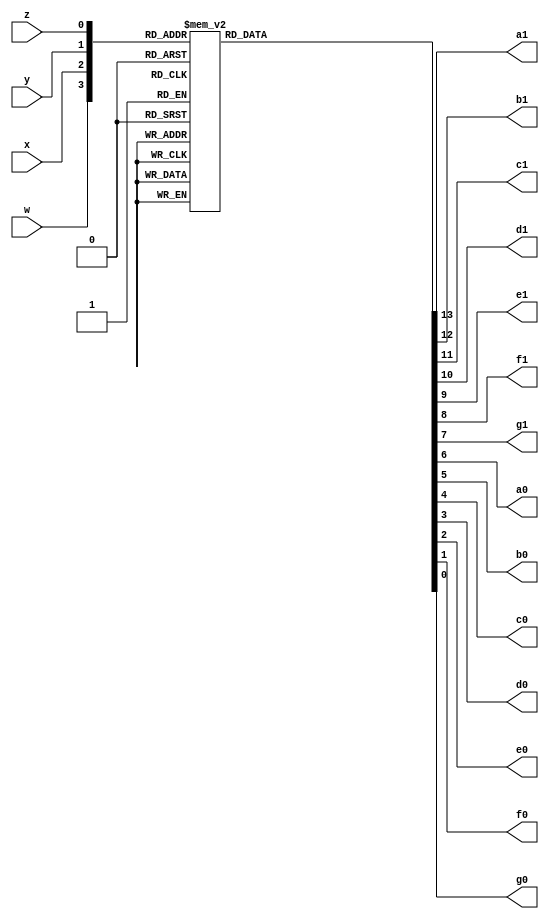
module binaryToDecimal (
	input w,x,y,z,
	output reg a1, b1, c1, d1, e1, f1, g1, a0, b0, c0, d0, e0, f0, g0);
	always @ (w,x,y,z) begin
		case({w,x,y,z})
			4'b0000: {a1, b1, c1, d1, e1, f1, g1, a0, b0, c0, d0, e0, f0, g0} = 14'b11111110000001; //0 
			4'b0001: {a1, b1, c1, d1, e1, f1, g1, a0, b0, c0, d0, e0, f0, g0} = 14'b11111111001111;
			4'b0010: {a1, b1, c1, d1, e1, f1, g1, a0, b0, c0, d0, e0, f0, g0} = 14'b11111110010010; //2
			4'b0011: {a1, b1, c1, d1, e1, f1, g1, a0, b0, c0, d0, e0, f0, g0} = 14'b11111110000110;
			4'b0100: {a1, b1, c1, d1, e1, f1, g1, a0, b0, c0, d0, e0, f0, g0} = 14'b11111111001100; //4
			4'b0101: {a1, b1, c1, d1, e1, f1, g1, a0, b0, c0, d0, e0, f0, g0} = 14'b11111110100100; 
			4'b0110: {a1, b1, c1, d1, e1, f1, g1, a0, b0, c0, d0, e0, f0, g0} = 14'b11111110100000; //6
			4'b0111: {a1, b1, c1, d1, e1, f1, g1, a0, b0, c0, d0, e0, f0, g0} = 14'b11111110001111; 
			4'b1000: {a1, b1, c1, d1, e1, f1, g1, a0, b0, c0, d0, e0, f0, g0} = 14'b11111110000000; //8
			4'b1001: {a1, b1, c1, d1, e1, f1, g1, a0, b0, c0, d0, e0, f0, g0} = 14'b11111110001100; 
			4'b1010: {a1, b1, c1, d1, e1, f1, g1, a0, b0, c0, d0, e0, f0, g0} = 14'b10011110000001; //10
			4'b1011: {a1, b1, c1, d1, e1, f1, g1, a0, b0, c0, d0, e0, f0, g0} = 14'b10011111001111; 
			4'b1100: {a1, b1, c1, d1, e1, f1, g1, a0, b0, c0, d0, e0, f0, g0} = 14'b10011110010010; //12
			4'b1101: {a1, b1, c1, d1, e1, f1, g1, a0, b0, c0, d0, e0, f0, g0} = 14'b10011110000110; 
			4'b1110: {a1, b1, c1, d1, e1, f1, g1, a0, b0, c0, d0, e0, f0, g0} = 14'b10011111001100; //14
			4'b1111: {a1, b1, c1, d1, e1, f1, g1, a0, b0, c0, d0, e0, f0, g0} = 14'b10011110100100;
		endcase
	end
endmodule